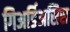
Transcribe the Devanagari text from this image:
गिअर्डिअसिस